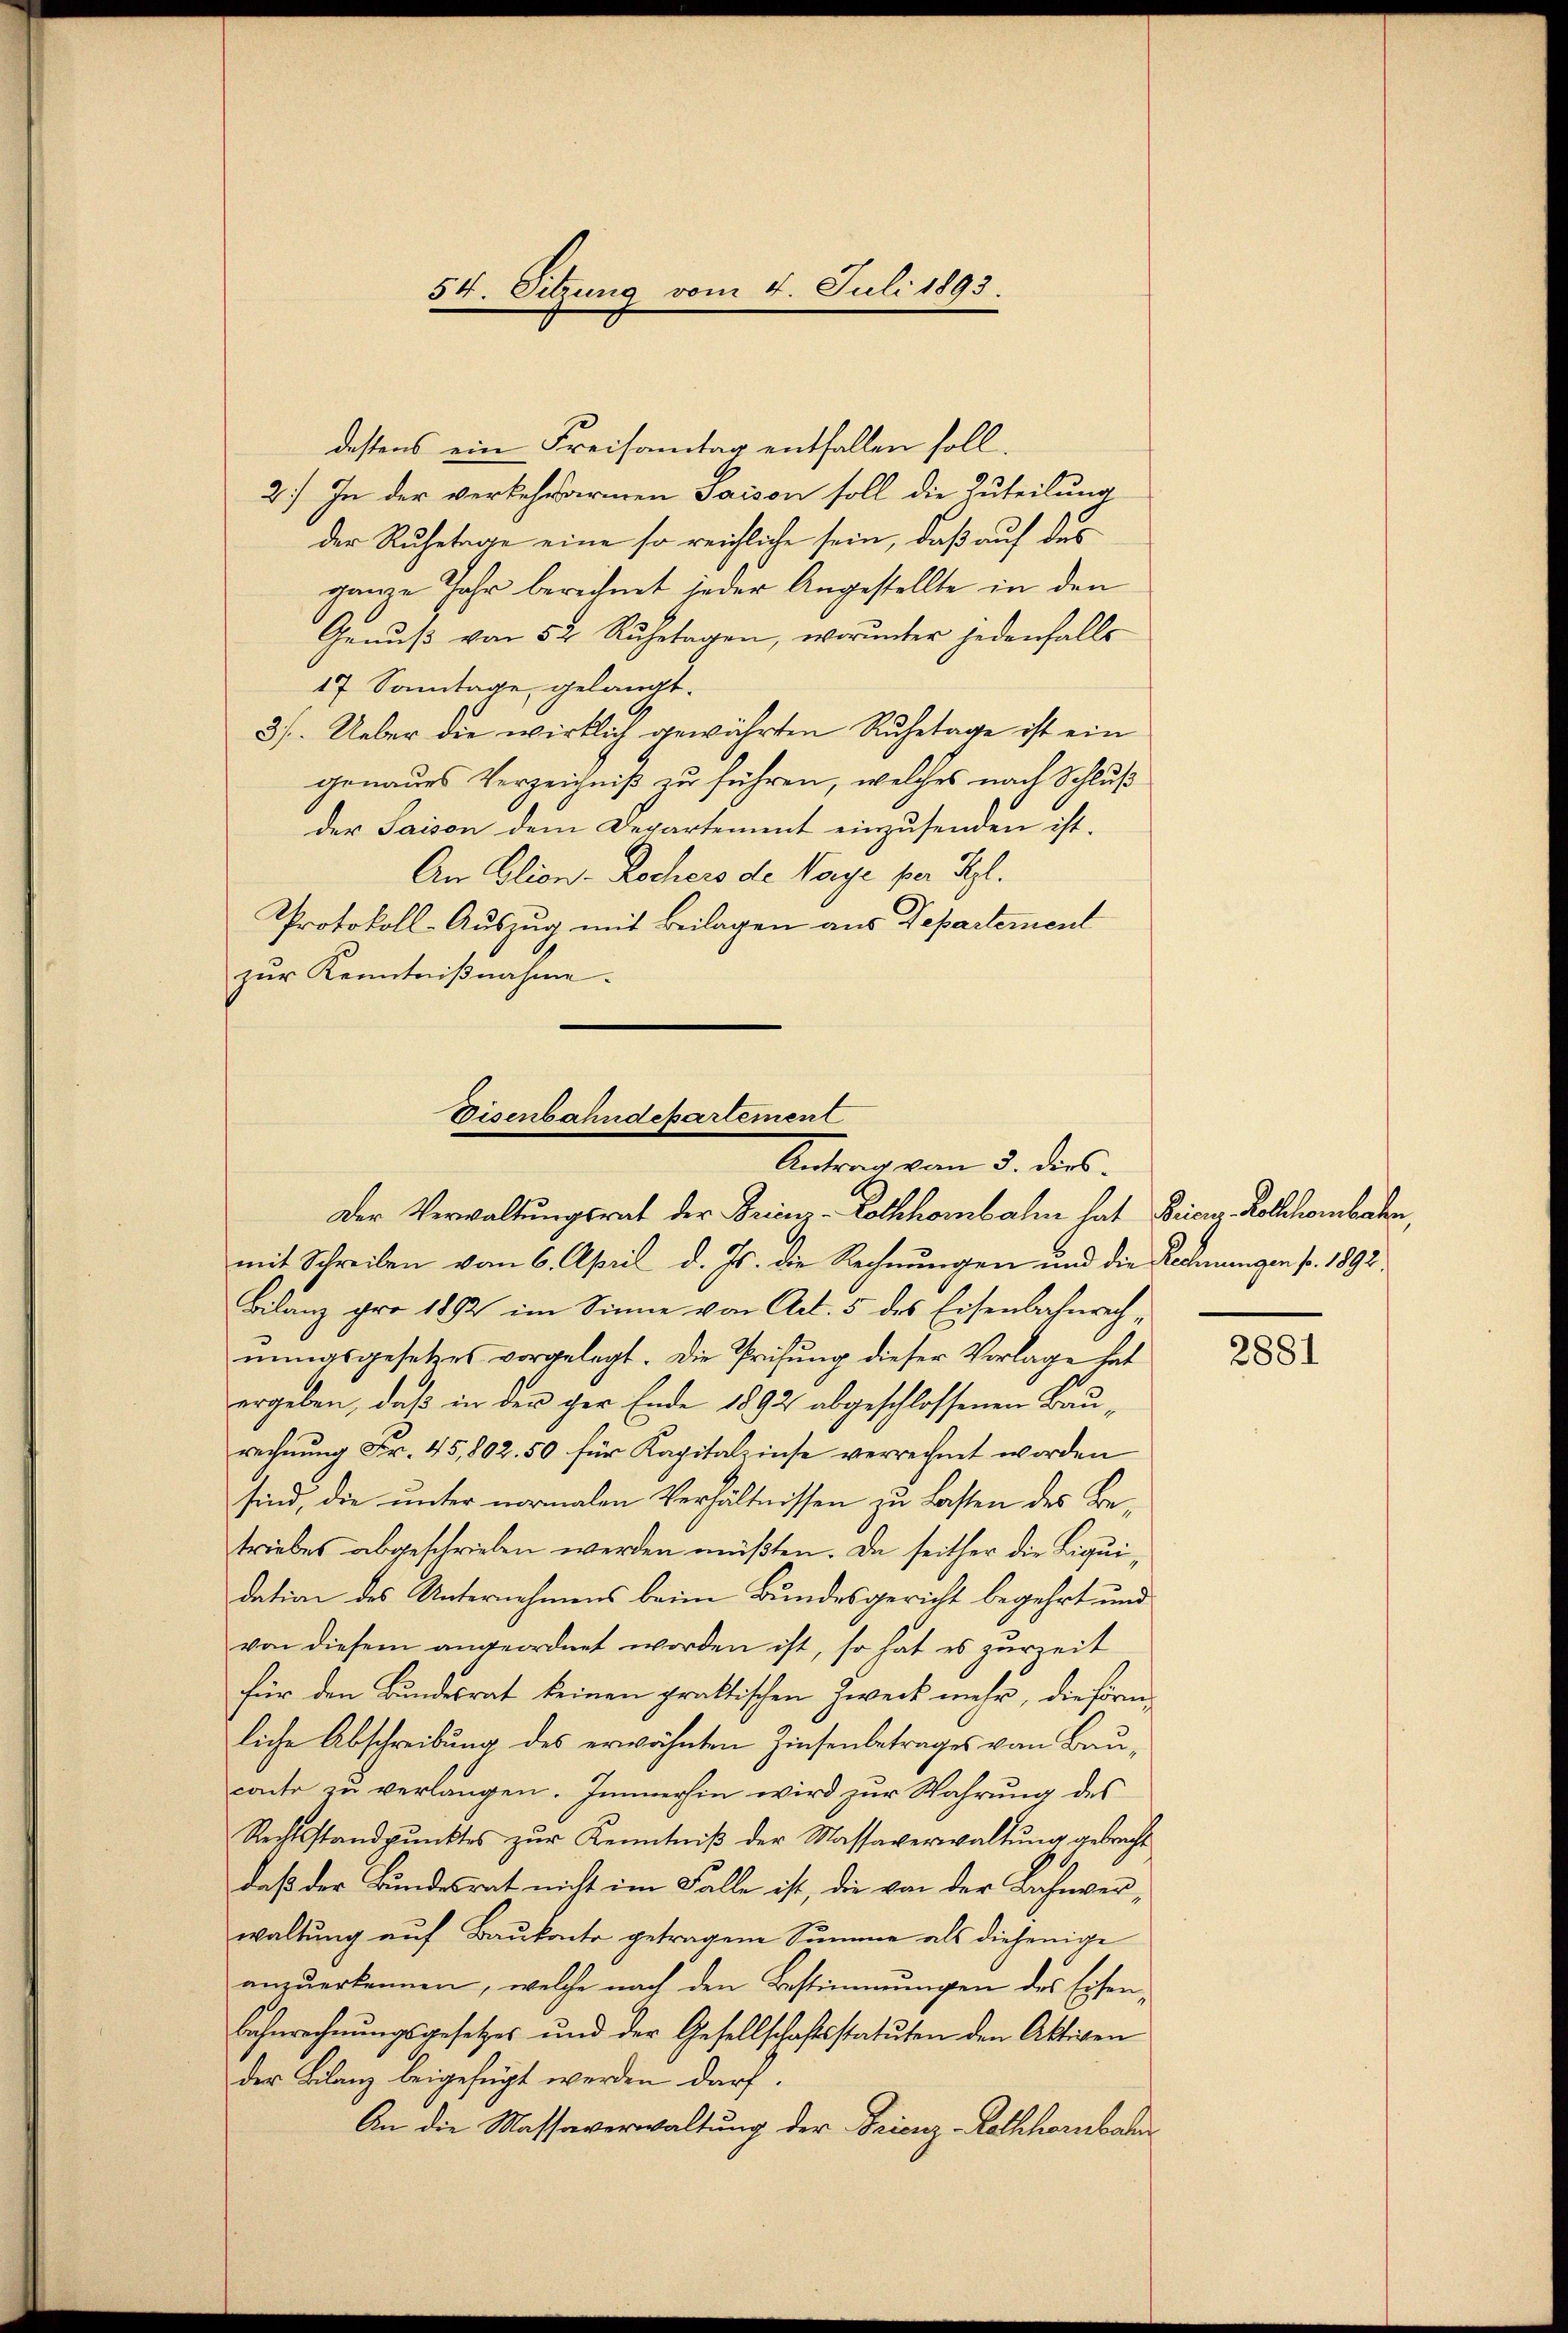
54. Sitzung vom 4. Juli 1893.

destens ein Freisamtag entfallen soll.
2.) In der verkehrarmen Saison soll die Zuteilung
der Ruhetage eine so reichliche sein, daß auf des
ganze Jahr berechnet jeder Angestellte in den
Genuß von 52 Ruhetagen, worunter jedenfalls
17 Sonntage, gelangt.
3/. Ueber die wirklich gewährten Ruhetage ist ein
genaues Verzeichniß zu führen, welches nach Schluß
der Saison dem Departement einzusenden ist.
An Clien - Rochers de Varge per Syl.
Protokoll-Auszug mit Beilagen aus Departement
zŭr Kenntniβnahme.

Visenbahndepartement
Antrag vom 5. dies
Der Verwaltungsrat der Grienz-Kolkhombahn hat Binz Rollhombaren,

mit Schreiben vom 6. April d. Js. die Rechnungen und die Rechnungen pr. 1892
Bilanz pro 1892 im Sinne von Art. 5 des Eisenbahnrech
nungsgesetzes vorgelegt. Die Prüfung dieser Vorlage hat
ergeben, daß in den ger Ende 1892 abgeschlossenen Baurechnung Fr. 45,802. 50 für Kapitalzinse verrechnet worden
sind, die unter normalen Verhältnissen zu Lasten des Betriebes abgeschrieben werden müßten. Da seither die Liquidation des Unternehmens beim Bundesgericht begehrt und
von diesem angeordnet worden ist, so hat es zurzeit
für den Bundesrat keinen praktischen Zweck mehr, die förmliche Abschreibung des erwähnten Zinsenbetrages von Bauconto zu verlangen. Immerhin wird zur Wahrung des
Rechtsstandpŭnktes zŭr Kenntniβ der Massaverwaltŭng gebracht
daß der Bundesrat nicht im Falle ist, die von der Bahnverwaltŭng aŭf Baŭkonto getragene Summe als diejenige
anzŭerkennen, welche nach den Bestimmungen des Eisen-
Bahnrechnŭngsgesetzes und der Gesellschaftsstatuten den Aktiven
der Bilanz beigefügt werden darf.
An die Massaverwaltung der Frienz-Rathhornbahn

2881